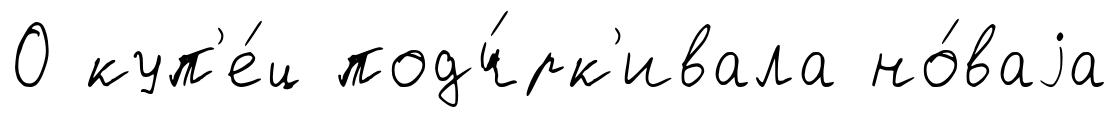
О куп'е́ц подч́рк'ивала но́ваjа